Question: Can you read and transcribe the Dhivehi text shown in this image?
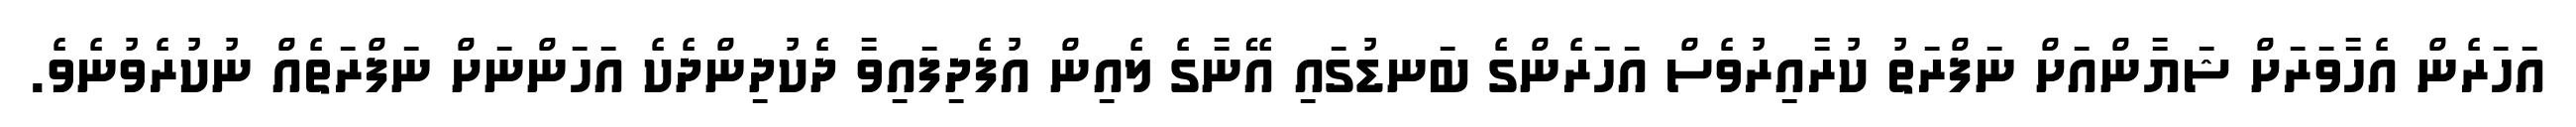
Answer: އަހަރެން އެހާވަރަށް ޝަޔާންއަށް ނަފްރަތު ކުރާއިރުވެސް އަހަރެންގެ ބަނޑުގައި އޭނާގެ ލެއިން އުފެދިފައިވާ ދެކުދިންދެކެ އަހަންނަށް ނަފްރަތެއް ނުކުރެވުނެވެ.